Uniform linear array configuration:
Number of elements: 24
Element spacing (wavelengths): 1
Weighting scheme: kaiser
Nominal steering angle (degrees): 15
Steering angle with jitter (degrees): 15.005
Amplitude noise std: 0.05
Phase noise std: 0.05

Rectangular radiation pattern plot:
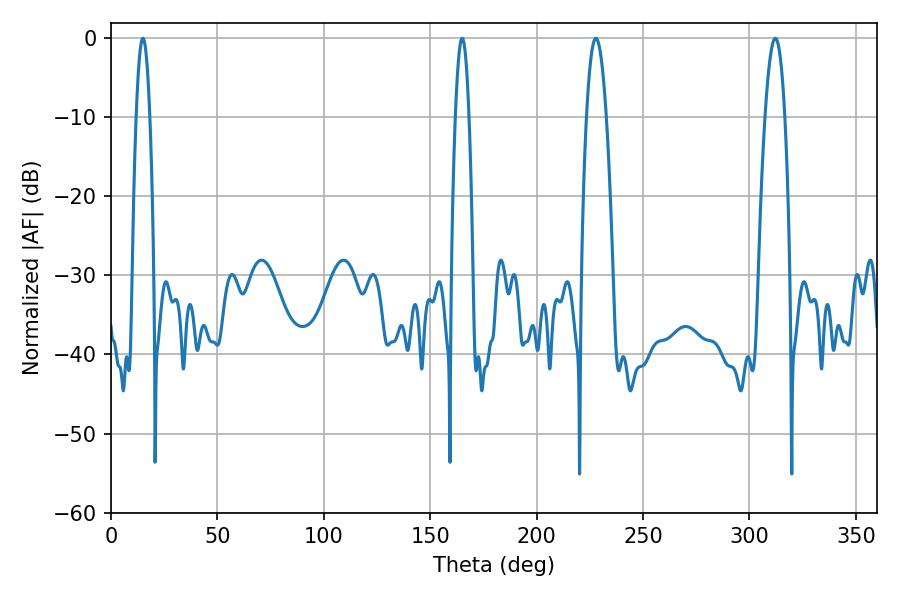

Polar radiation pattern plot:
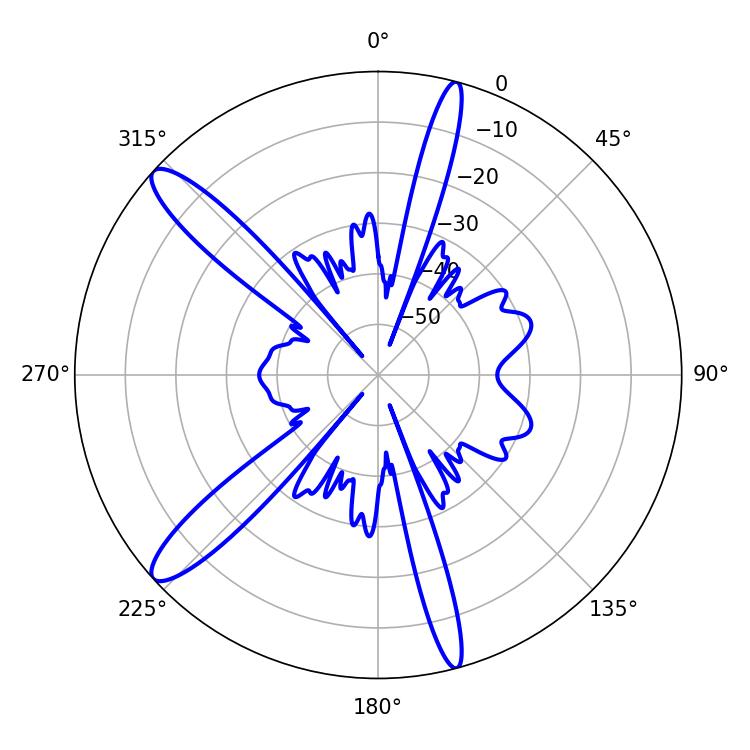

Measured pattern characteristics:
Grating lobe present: TRUE
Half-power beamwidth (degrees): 5.04
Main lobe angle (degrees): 227.88